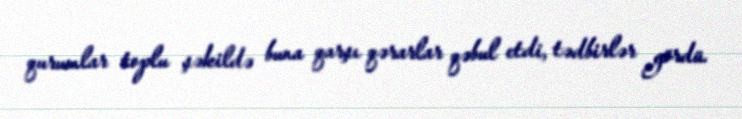
qurumlar toplu şəkildə buna qarşı qərarlar qəbul etdi, tədbirlər gördü.